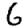
Digit: 6